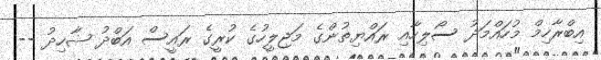
އިބްރާހިމް މުހައްމަދު ސޯލިހާއި ރައްޔިތުންގެ މަޖިލީހުގެ ކުރީގެ ރައީސް އަބްދު ޝާހިދު --